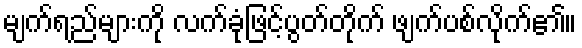
မျက်ရည်များကို လက်ခုံဖြင့်ပွတ်တိုက် ဖျက်ပစ်လိုက်၏။